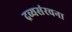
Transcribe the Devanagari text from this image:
द्रव्यसंरचना